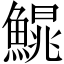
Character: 𩺣